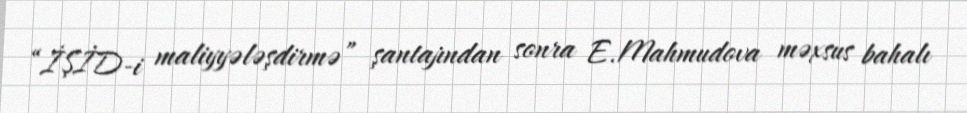
“İŞİD-i maliyyələşdirmə” şantajından sonra E.Mahmudova məxsus bahalı